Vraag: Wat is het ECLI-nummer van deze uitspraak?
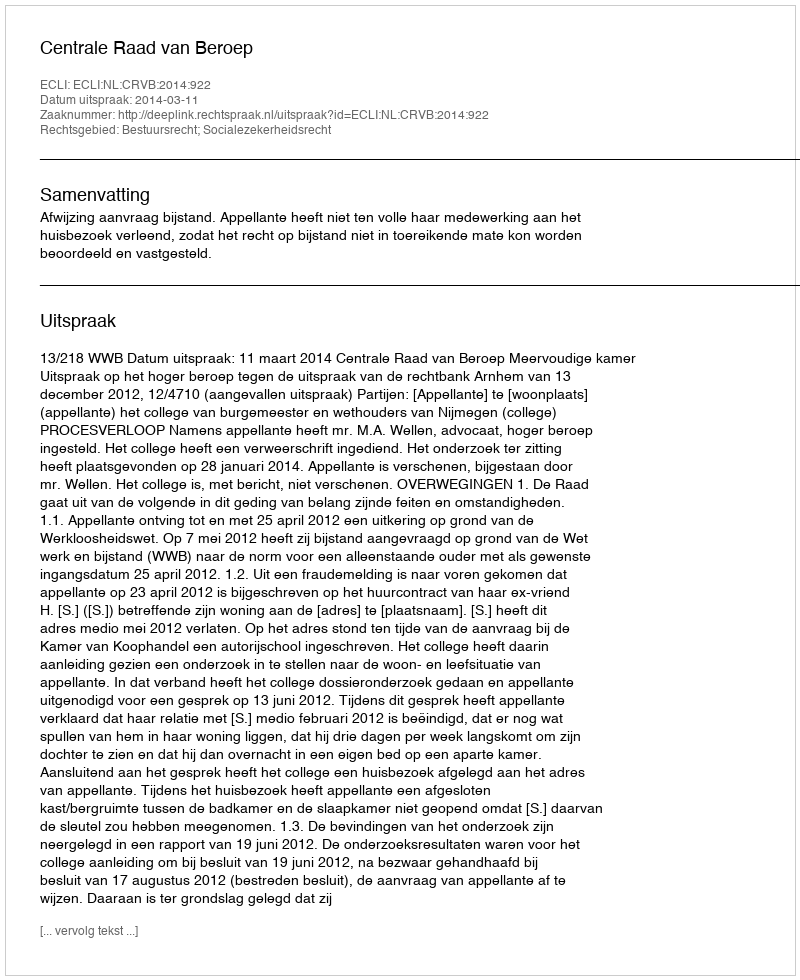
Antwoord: ECLI:NL:CRVB:2014:922